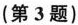
(第3题)